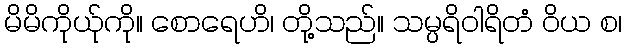
မိမိကိုယ်ုကို။ စောရေဟိ၊ တို့သည်။ သမ္ပရိဝါရိတံ ဝိယ စ၊